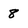
Character: 8